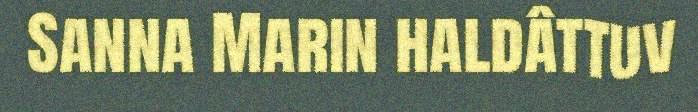
Sanna Marin haldâttuv